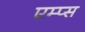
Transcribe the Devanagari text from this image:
एम्प्स